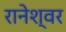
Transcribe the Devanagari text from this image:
रानेश्वर